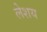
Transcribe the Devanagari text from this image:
लेशय